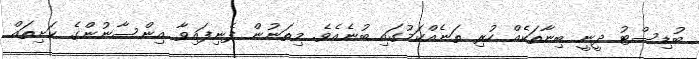
ބުޑިސްޓު ދީނީ ބިނާތަކެއް ހުރި ތަނެއްކަމުގައި ބުނެއެވެ. މިތަނުން ފެނިފައިވާ އިންސާނުންގެ ކަށިތައް